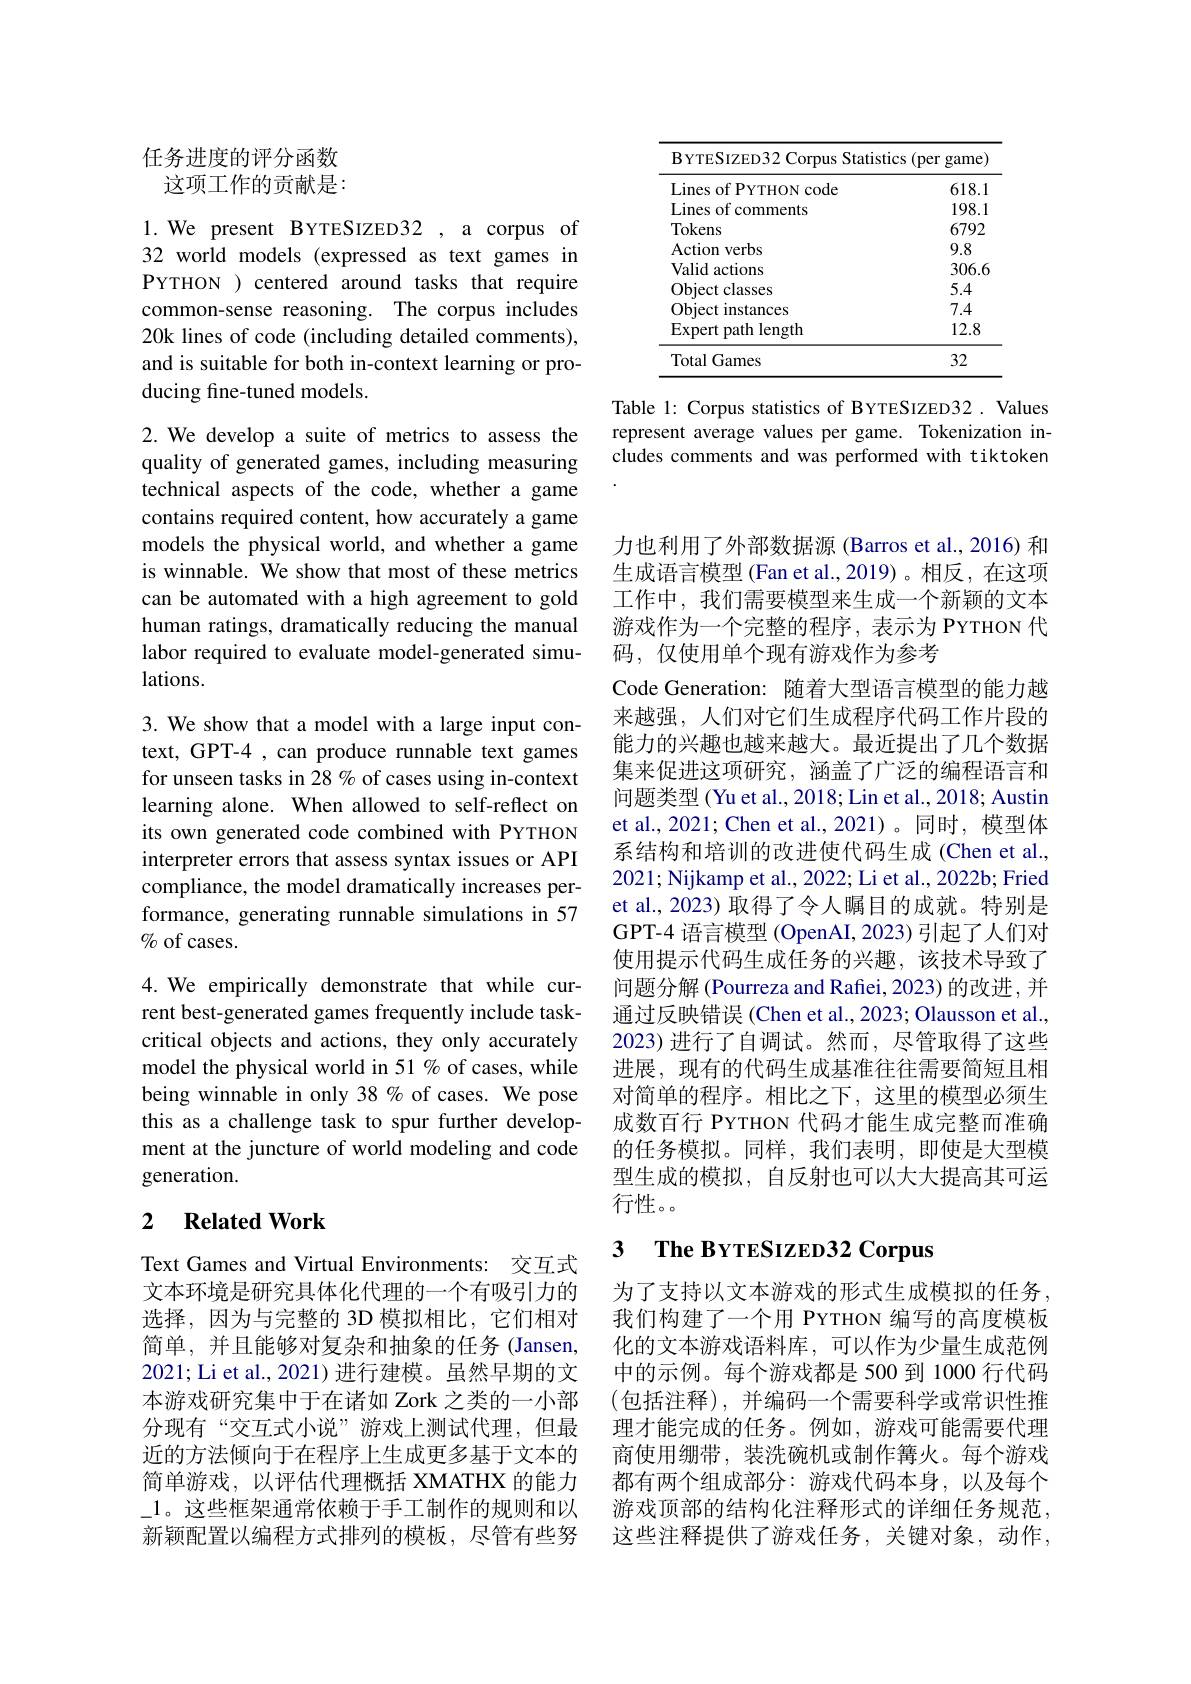
## 任务进度的评分函数这项工作的贡献是：

1. We present BYTESIZED32 , a corpus of 32 world models (expressed as text games in PYTHON ) centered around tasks that require common-sense reasoning. The corpus includes 20k lines of code (including detailed comments), and is suitable for both in-context learning or producing fine-tuned models

2. We develop a suite of metrics to assess the quality of generated games, including measuring technical aspects of the code, whether a game contains required content, how accurately a game models the physical world, and whether a game is winnable. We show that most of these metrics can be automated with a high agreement to gold human ratings, dramatically reducing the manual labor required to evaluate model-generated simulations.

3. We show that a model with a large input context, GPT-4 , can produce runnable text games for unseen tasks in 28 % of cases using in-context learning alone. When allowed to self-reflect on its own generated code combined with PYTHON interpreter errors that assess syntax issues or API compliance, the model dramatically increases performance, generating runnable simulations in 57 $\%$ of cases.

4. We empirically demonstrate that while current best-generated games frequently include taskcritical objects and actions, they only accurately model the physical world in 51% of cases, while being winnable in only 38% of cases. We pose this as a challenge task to spur further development at the juncture of world modeling and code generation.

### 2 $\textbf{Related Work}$

Text Games and Virtual Environments: 交互式文本环境是研究具体化代理的一个有吸引力的选择，因为与完整的 3D 模拟相比，它们相对简单，并且能够对复杂和抽象的任务(Jansen, 2021; Li et al., 2021) 进行建模。虽然早期的文本游戏研究集中于在诸如 Zork 之类的一小部分现有“交互式小说”游戏上测试代理，但最近的方法倾向于在程序上生成更多基于文本的简单游戏，以评估代理概括 XMATHX 的能力\_1。这些框架通常依赖于手工制作的规则和以新颖配置以编程方式排列的模板，尽管有些努

<table>
	<tbody>
		<tr>
			<th>$\mathbf{B}$YTESIZED32 Corpus Statisti</th>
			<th>(per game) $S$</th>
		</tr>
		<tr>
			<td>Lines of PYTHON code</td>
			<td>618.1</td>
		</tr>
		<tr>
			<td>Lines of comments</td>
			<td>198.1</td>
		</tr>
		<tr>
			<td>Tokens</td>
			<td>6792</td>
		</tr>
		<tr>
			<td>Action verbs</td>
			<td>9.8</td>
		</tr>
		<tr>
			<td>Valid actions</td>
			<td>306.6</td>
		</tr>
		<tr>
			<td>Object classes</td>
			<td>5.4</td>
		</tr>
		<tr>
			<td>Object instances</td>
			<td>7.4</td>
		</tr>
		<tr>
			<td>Expert path length</td>
			<td>12.8</td>
		</tr>
		<tr>
			<td>Total Games</td>
			<td>32</td>
		</tr>
	</tbody>
</table>

Table 1: Corpus statistics of BYTESIZED32 . Values represent average values per game. Tokenization includes comments and was performed with tiktoken

力也利用了外部数据源 (Barros et al.,2016) 和生成语言模型(Fan et al.,2019)。相反，在这项工作中，我们需要模型来生成一个新颖的文本游戏作为一个完整的程序，表示为 PYTHON 代码，仅使用单个现有游戏作为参考
Code Generation: 随着大型语言模型的能力越来越强，人们对它们生成程序代码工作片段的能力的兴趣也越来越大。最近提出了几个数据集来促进这项研究，涵盖了广泛的编程语言和问题类型 (Yu et al., 2018; Lin et al., 2018; Austin et al., 2021; Chen et al., 2021)。同时，模型体系结构和培训的改进使代码生成 (Chen et al., 2021; Nijkamp et al., 2022; Li et al., 2022b; Fried et al., 2023) 取得了令人瞩目的成就。特别是GPT-4 语言模型 (OpenAI,2023) 引起了人们对使用提示代码生成任务的兴趣，该技术导致了问题分解 (Pourreza and Rafiei, 2023) 的改进，并通过反映错误 (Chen et al., 2023; Olausson et al. 2023)进行了自调试。然而，尽管取得了这些进展，现有的代码生成基准往往需要简短且相对简单的程序。相比之下，这里的模型必须生成数百行 PYTHON 代码才能生成完整而准确的任务模拟。同样，我们表明，即使是大型模型生成的模拟，自反射也可以大大提高其可运行性。

## 3 $\textbf{The BYTESIZED32 Corpus}$

为了支持以文本游戏的形式生成模拟的任务我们构建了一个用 PYTHON 编写的高度模板化的文本游戏语料库，可以作为少量生成范例中的示例。每个游戏都是 500 到 1000 行代码(包括注释),并编码一个需要科学或常识性推理才能完成的任务。例如，游戏可能需要代理商使用绷带，装洗碗机或制作篝火。每个游戏都有两个组成部分：游戏代码本身，以及每个游戏顶部的结构化注释形式的详细任务规范， 这些注释提供了游戏任务，关键对象，动作，